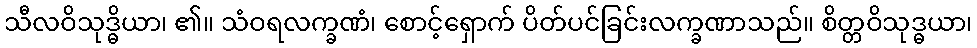
သီလဝိသုဒ္ဓိယာ၊ ၏။ သံဝရလက္ခဏံ၊ စောင့်ရှောက် ပိတ်ပင်ခြင်းလက္ခဏာသည်။ စိတ္တဝိသုဒ္ဓယာ၊